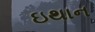
ઇથાન